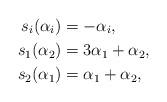
LaTeX: \begin{align*}s_i(\alpha_i) &= -\alpha_i, \\s_1(\alpha_2) &= 3\alpha_1 + \alpha_2, \\s_2(\alpha_1) &= \alpha_1 + \alpha_2,\end{align*}